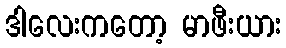
ဒါလေးကတော့ မာဖီးယား